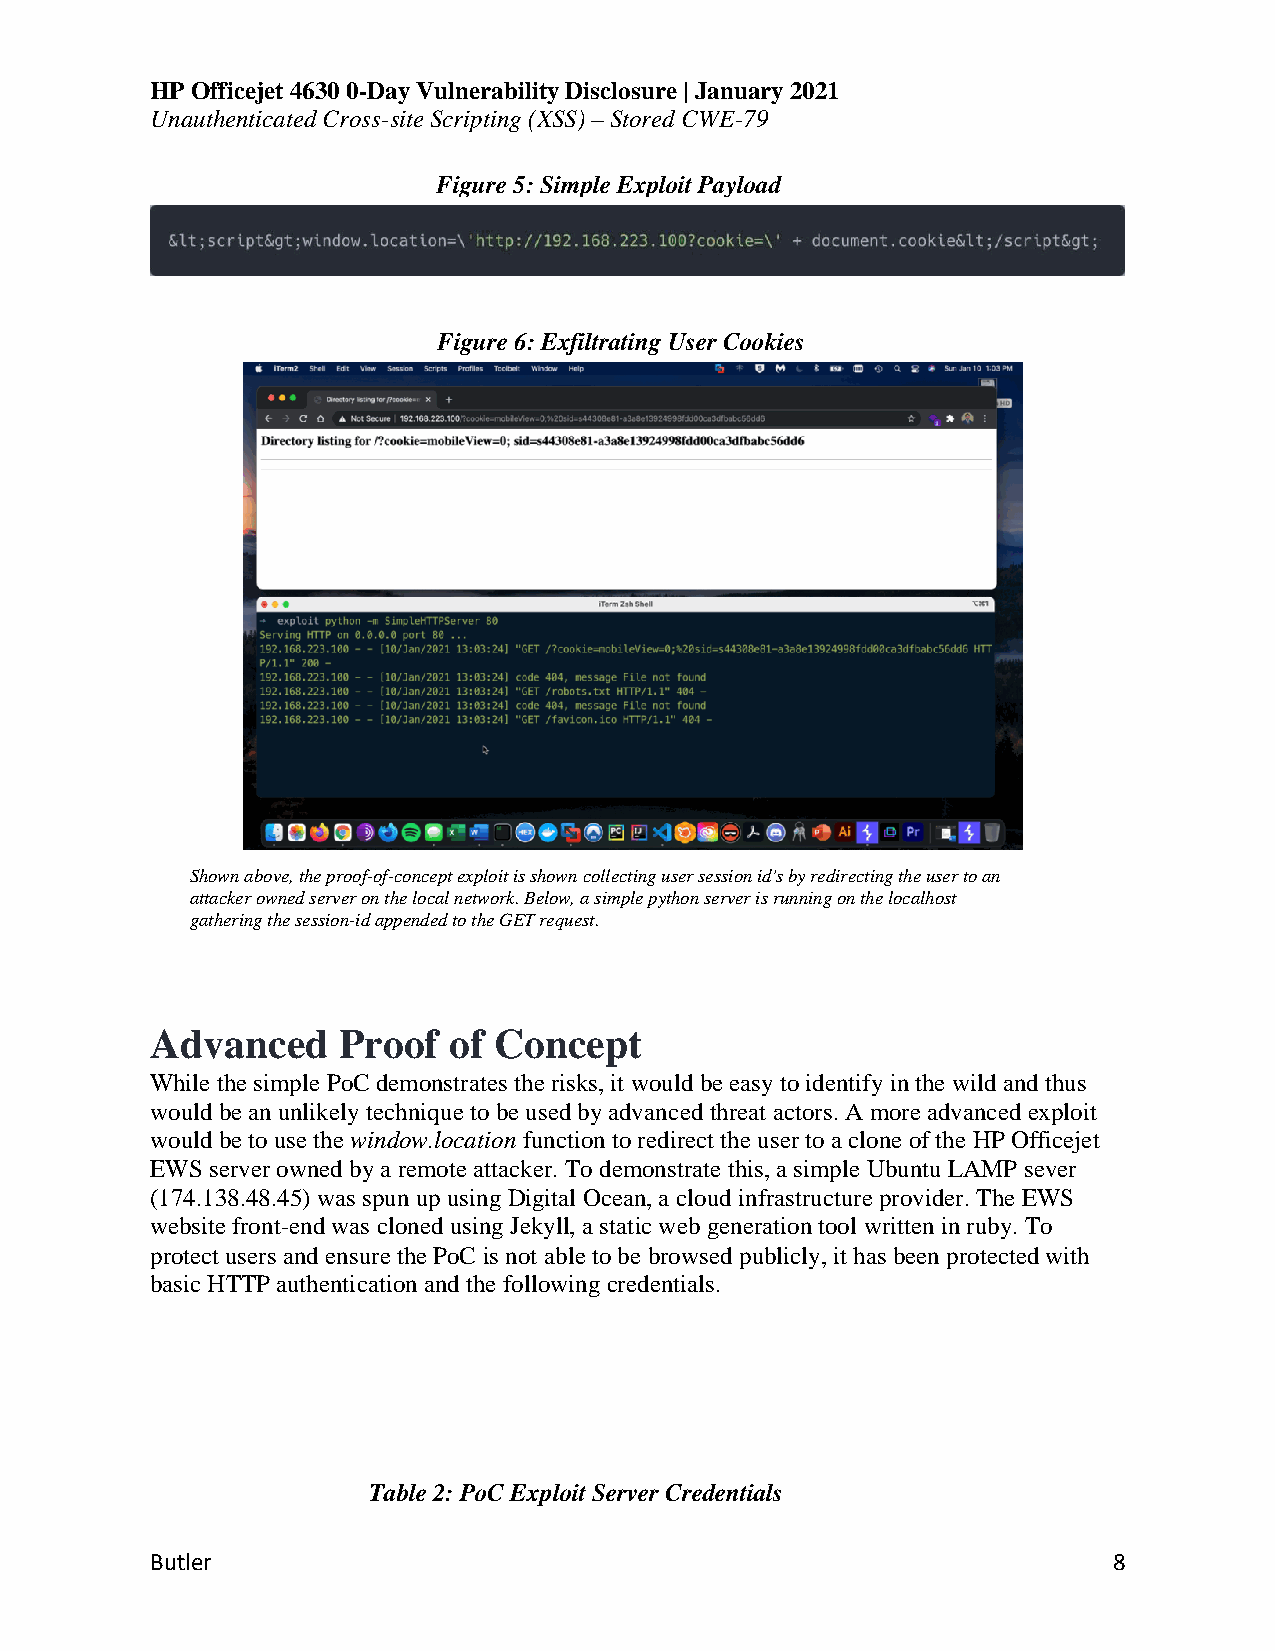
HP Officejet 4630 0-Day Vulnerability Disclosure | January 2021
 Unauthenticated Cross-site Scripting (XSS) – Stored CWE-79
 Figure 5: Simple Exploit Payload
 Figure 6: Exfiltrating User Cookies
 Shown above, the proof-of-concept exploit is shown collecting user session id's by redirecting the user to an
 attacker owned server on the local network. Below, a simple python server is running on the localhost
 gathering the session-id appended to the GET request.
 Advanced    Proof   of Concept
 While the simple PoC demonstrates the risks, it would be easy to identify in the wild and thus
 would be an unlikely technique to be used by advanced threat actors. A more advanced exploit
 would be to use the window.location function to redirect the user to a clone of the HP Officejet
 EWS server owned by a remote attacker. To demonstrate this, a simple Ubuntu LAMP sever
 (174.138.48.45) was spun up using Digital Ocean, a cloud infrastructure provider. The EWS
 website front-end was cloned using Jekyll, a static web generation tool written in ruby. To
 protect users and ensure the PoC is not able to be browsed publicly, it has been protected with
 basic HTTP authentication and the following credentials.
 Table 2: PoC Exploit Server Credentials
 Butler                                                          8